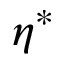
\eta ^ { * }